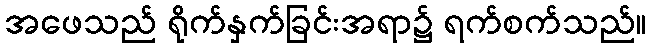
အဖေသည် ရိုက်နှက်ခြင်းအရာ၌ ရက်စက်သည်။